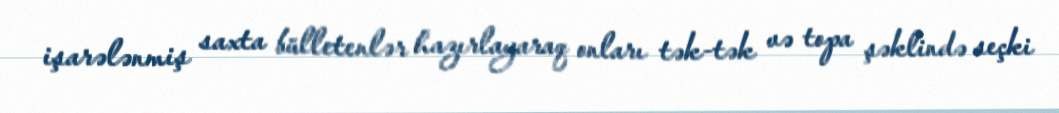
işarələnmiş saxta bülletenlər hazırlayaraq onları tək-tək və topa şəklində seçki